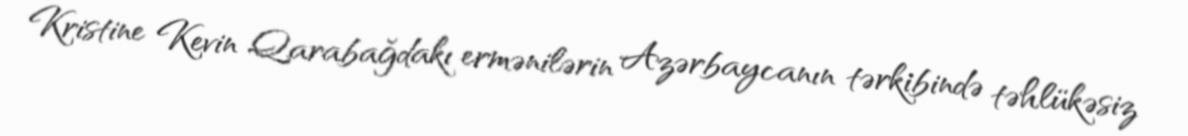
Kristine Kevin Qarabağdakı ermənilərin Azərbaycanın tərkibində təhlükəsiz